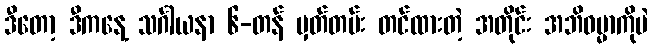
ဒီတော့ ဒီကနေ့ သင်္ဂါယနာ ၆-တန် မှတ်တမ်း တင်ထားတဲ့ အတိုင်း အဘိဓမ္မာကိုပဲ